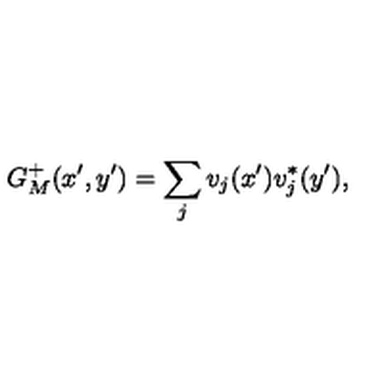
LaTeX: G _ { M } ^ { + } ( x ^ { \prime } , y ^ { \prime } ) = \sum _ { j } v _ { j } ( x ^ { \prime } ) v _ { j } ^ { * } ( y ^ { \prime } ) ,